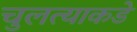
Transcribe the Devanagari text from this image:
चुलत्याकडे